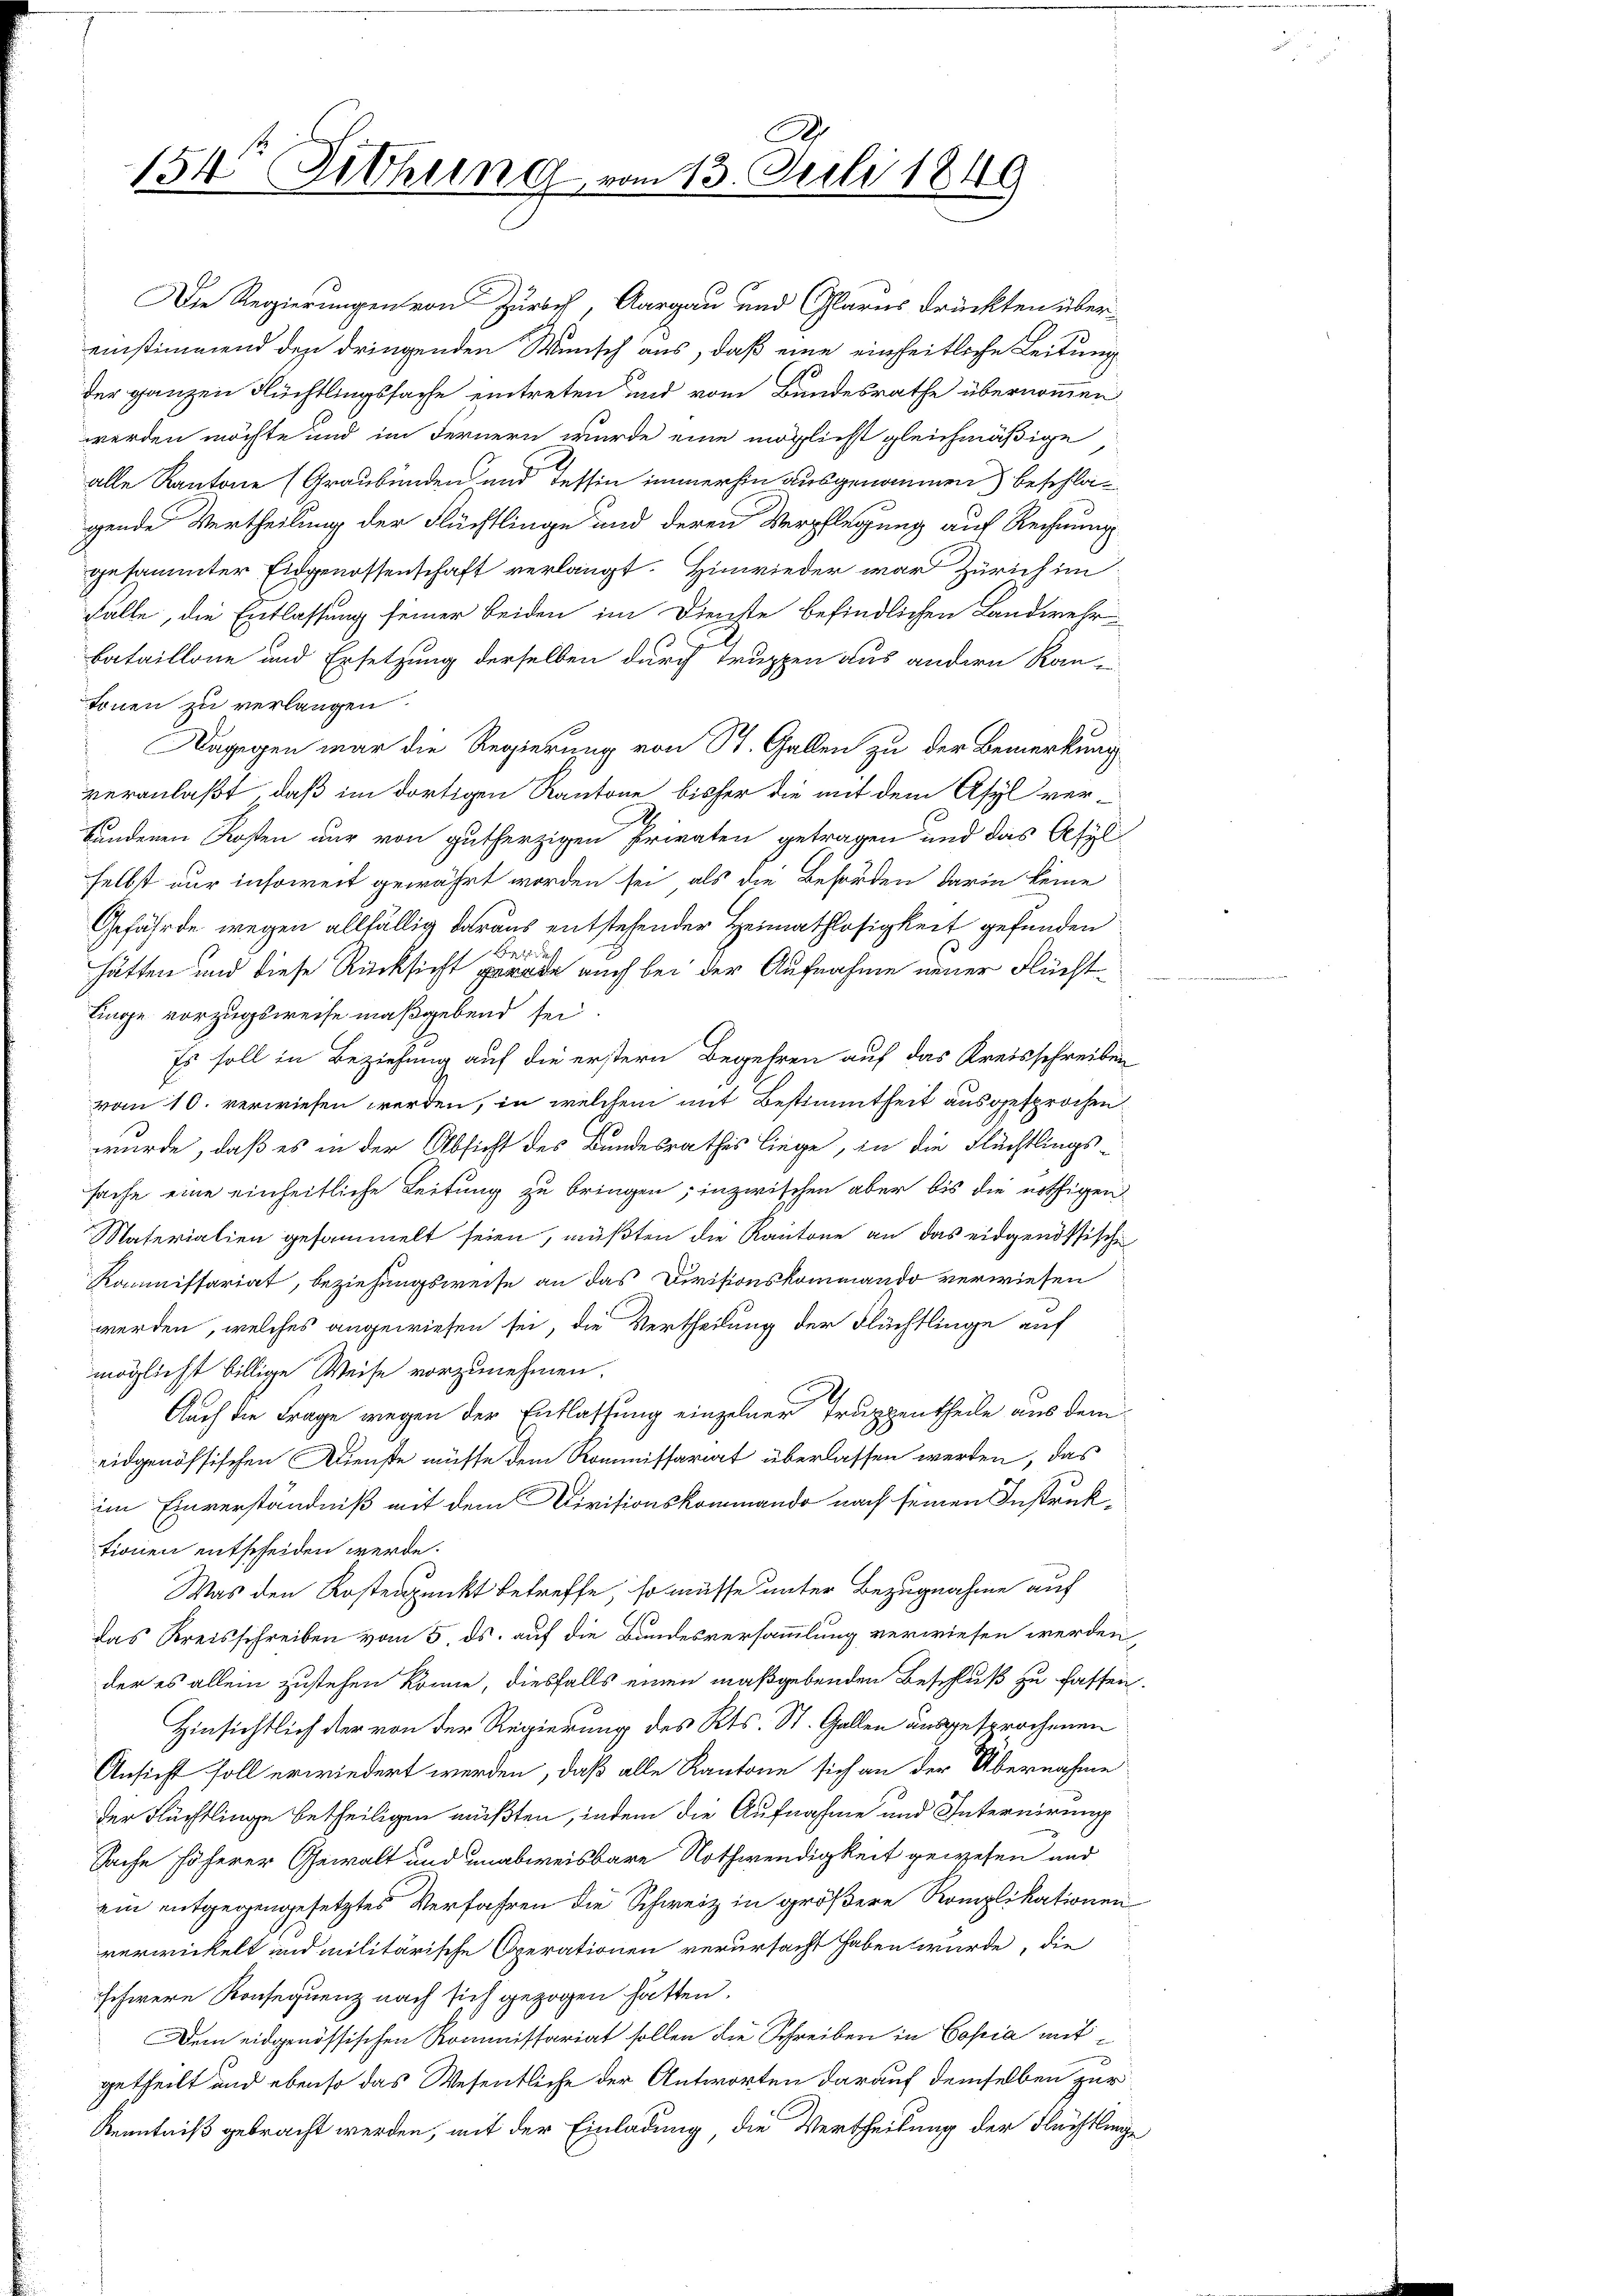
A
154 Sitzung vom 13. Juli 1849

Ernen zu verlangen
linge vorzugsweise maßgebend sei.
Es soll in Beziehung auf die erstern Begehren auf das Kreisschreiben
vom 10. verwiesen werden, in welchem mit Bestimmtheit ausgesprochen.
wurde, daß es in der Absicht des Bundesrathes liege, in die Flüchtlingssache eine einheitliche Leitung zu bringen; inzwischen aber bis die nöthigen
Materialien gesammelt seien, müßten die Kantone an das eidgenössische
Kommissariat, beziehungsweise an das Divisionskommando verwiesen
werden, welches angewiesen sei, die Vertheilung der Flüchtlinge auf
möglichst billige Weise vorzunehmen.
Auch die Frage wegen der Entlassung einzelner Truppentheile aus dem
eidgenössischen Dienste müsse dem Kommissariat überlassen werden, das
im Einverständniß mit dem Divisionskommando nach seinen Instruktionen entscheiden werde.
Was den Kostenpunkt betreffe, so müsse unter Bezugnahme auf
das Kreisschreiben vom 5. ds. auf die Bundesversammlung verwiesen werden,
der es allein zustehen könne, diesfalls einen maßgebenden Beschluß zu fassen
Hinsichtlich der von der Regierung des Kts. St. Gallen ausgesprochenen
Ansicht soll erwiedert werden, daß alle Kantone sich an der Übernahme
der Flüchtlinge betheiligen müßten, indem die Aufnahme und Internirung
Sache höherer Gewalt und unabweisbare Nothwendigkeit gewesen und
ein entgegengesetztes Verfahren die Schweiz in größere Komplikationen
verwickelt und militärische Operationen verursacht haben wurde, die
schwere Konsequenz nach sich gezogen hätten.
Dem eidgenössischen Kommissariat sollen die Schreiben in Copia mitgetheilt und ebenso das Wesentliche der Antworten darauf demselben zur
Kenntniß gebracht werden, mit der Einladung die Vertheilung der Flüchtlinge

Die Regierungen von Zürich, Aargau und Glarus drückten übereinstimmend den dringenden Wunsch aus, daß eine einheitliche Leitung
der ganzen Flüchtlingssache eintreten und vom Bundesrathe übernommen
werden möchte und im Fernern wurde eine möglicht gleichmäßige
alle Kantone (Graubünden und Tessin immerhin ausgenommen) beschlagende Vertheilung der Flüchtlinge und deren Verpflegung auf Rechnung
gesammter Eidgenossenschaft verlangt. Hinwieder war Zürich im
falle, die Entlassung seiner beiden im Dienste befindlichen Landwehr
bataillone und Ersetzung derselben durch Truppen aus andern Kan-
Dagegen war die Regierung von St. Gallen zu der Bemerkung
veranlaßt, daß im dortigen Kantone bisher die mit dem Asyl verbundenen Kosten nur von gutherzigen Privaten getragen und das Asyl
selbst nur insoweit gewährt worden sei, als die Behörden darin keine
Gefährde wegen allfällig daraus entstehender Heimathlosigkeit gefunden

hätten und diese Rücksicht gerade auch bei der Aufnahme neuer Flücht